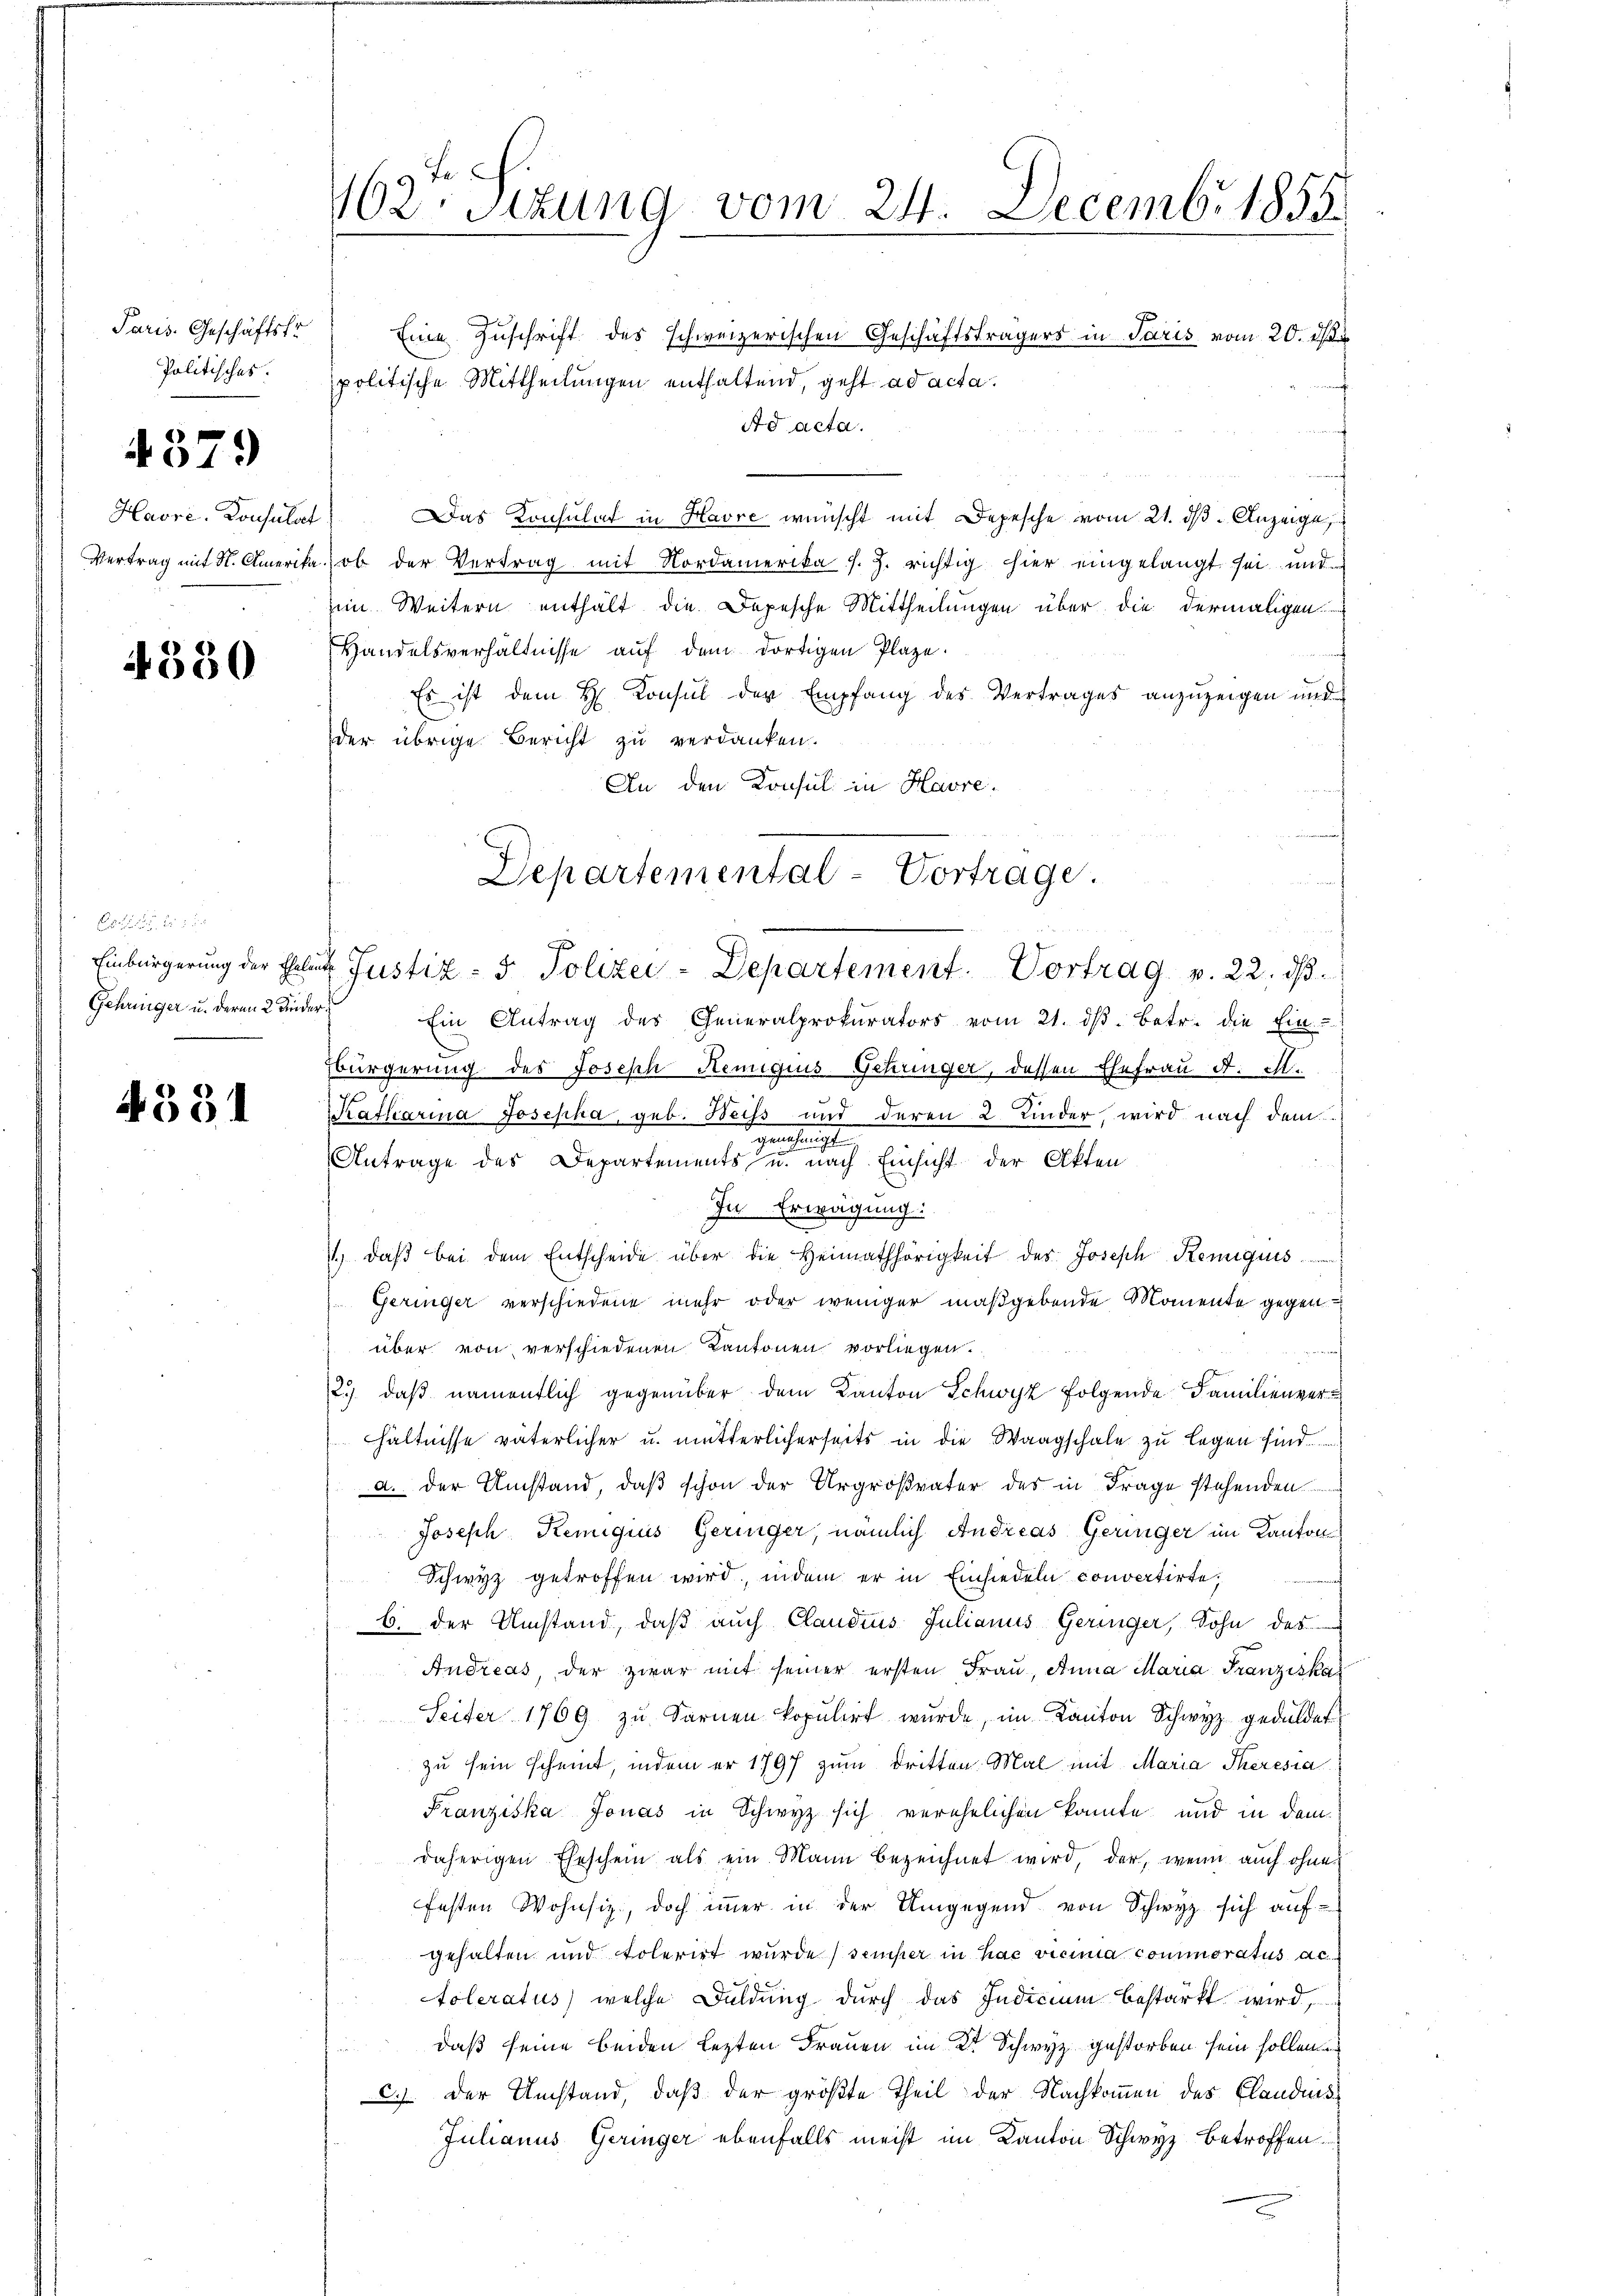
Paris. Geschäftstr
Politisches.

4379

Havre, Consulat
Vertrag mit St. Amerika.

4330

Einbürgerung der Eheleut
Gehringer u. deren 2 Kinder:

4331

162. Stzung vom 24. Decemb. 1855.

Eine Zuschrift des schweizerischen Geschäftsträgers in Paris vom 20. ds
politische Mittheilungen enthaltend, geht ad acta.
Ad acta.
s
Das Konsulat in Havre wünscht mit Depesche vom 21. ds. Anzeige,
ob der Vertrag mit Nordamerika s. Z. richtig hier eingelangt sei mit
im Weitern enthält die Depesche Mittheilungen über die dermaligen
Handelsverhältnisse auf dem dortigen Plaze.
Es ist dem H. Konsul der Empfang des Vertrages anzuzeigen und
der übrige Bericht zu verdanken.
An den Konsul in Havre¬
" Ein Antrag des Generalprokurators vom 21. dβ. betr. die Ein-
Bbürgerung des Joseph Remigiis Schringer, dessen Ehefrau d. St.
Katharina Josepha, geb. Weiss und deren 2 Kinder, wird nach dem
gen
n
Antrage des Departements u. nach Einsicht der Akten
In Erwägung:
1.) daβ bei dem Entscheide über die Heimathörigkeit des Joseph Kemiquis
Geringer verschiedene mehr oder weniger maßgebende Momente gegen
über von verschiedenen Kantonen vorliegen.
2.) daß namentlich gegenüber dem Kanton Schwyz folgende Familienverhältnisse väterlicher u. mutterlicherseits in die Waagschale zu legen sind.
a. Der Umstand, daß schon der Urgroßvater des in Frage stehenden
Joseph Remigius Geringer, nämlich Andreas Geringer im Kantons
Schwyz getroffen wird, indem er in Einsiedeln convertirte,
6. der Umstand, daß auch Claudius Julianus Geringer, Sohn des
Andreas, der zwar mit seiner ersten Frau, Anna Maria Franziska
Seiter 1769 zu Sarnen kopulirt wurde, im Kanton Schwyz geduldet
zu sein scheint, indem er 1797 zum Dritten Mal mit Maria Theresia
Franziska Jonas in Schwyz sich verehelichen konnte und in dem
daherigen Eheschein als ein Mann bezeichnet wird, der, wenn auch ohne
festen Wohnsiz, doch immer in der Umgegend von Schwyz sich aufgehalten und toleriet wurde) semper in hac vecima commoratus ac
toleratus) welche Duldung durch das Indicium bestärkt wird,
daß seine beiden lezten Frauen im Kt. Schwyz gestorben sein sollen.
c.). Der Umstand, daß der größte Theil der Nachkommen des Clandes¬
Julianus Geringer ebenfalls meist im Kanton Schwyz betroffen

Departemental-Vortrage.
2. Justiz- & Polizei-Departement. Vortrag v. 22. dβ.